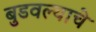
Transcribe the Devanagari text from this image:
बुडवल्याचे